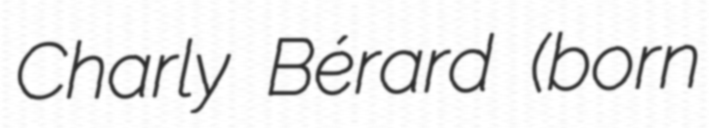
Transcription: Charly Bérard (born